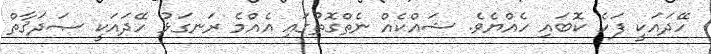
ހޭދައަކީ ފަހެ ކޮބައި ހެއްޔެވެ. ޝައްކެއް ނެތްގޮތުގައި އެއްމެ ރަނގަޅު ހޭދައަކީ ޞަދަޤާތް